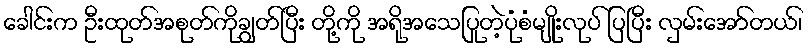
ခေါင်းက ဦးထုတ်အစုတ်ကိုချွတ်ပြီး တို့ကို အရိုအသေပြုတဲ့ပုံစံမျိုးလုပ် ပြပြီး လှမ်းအော်တယ်၊